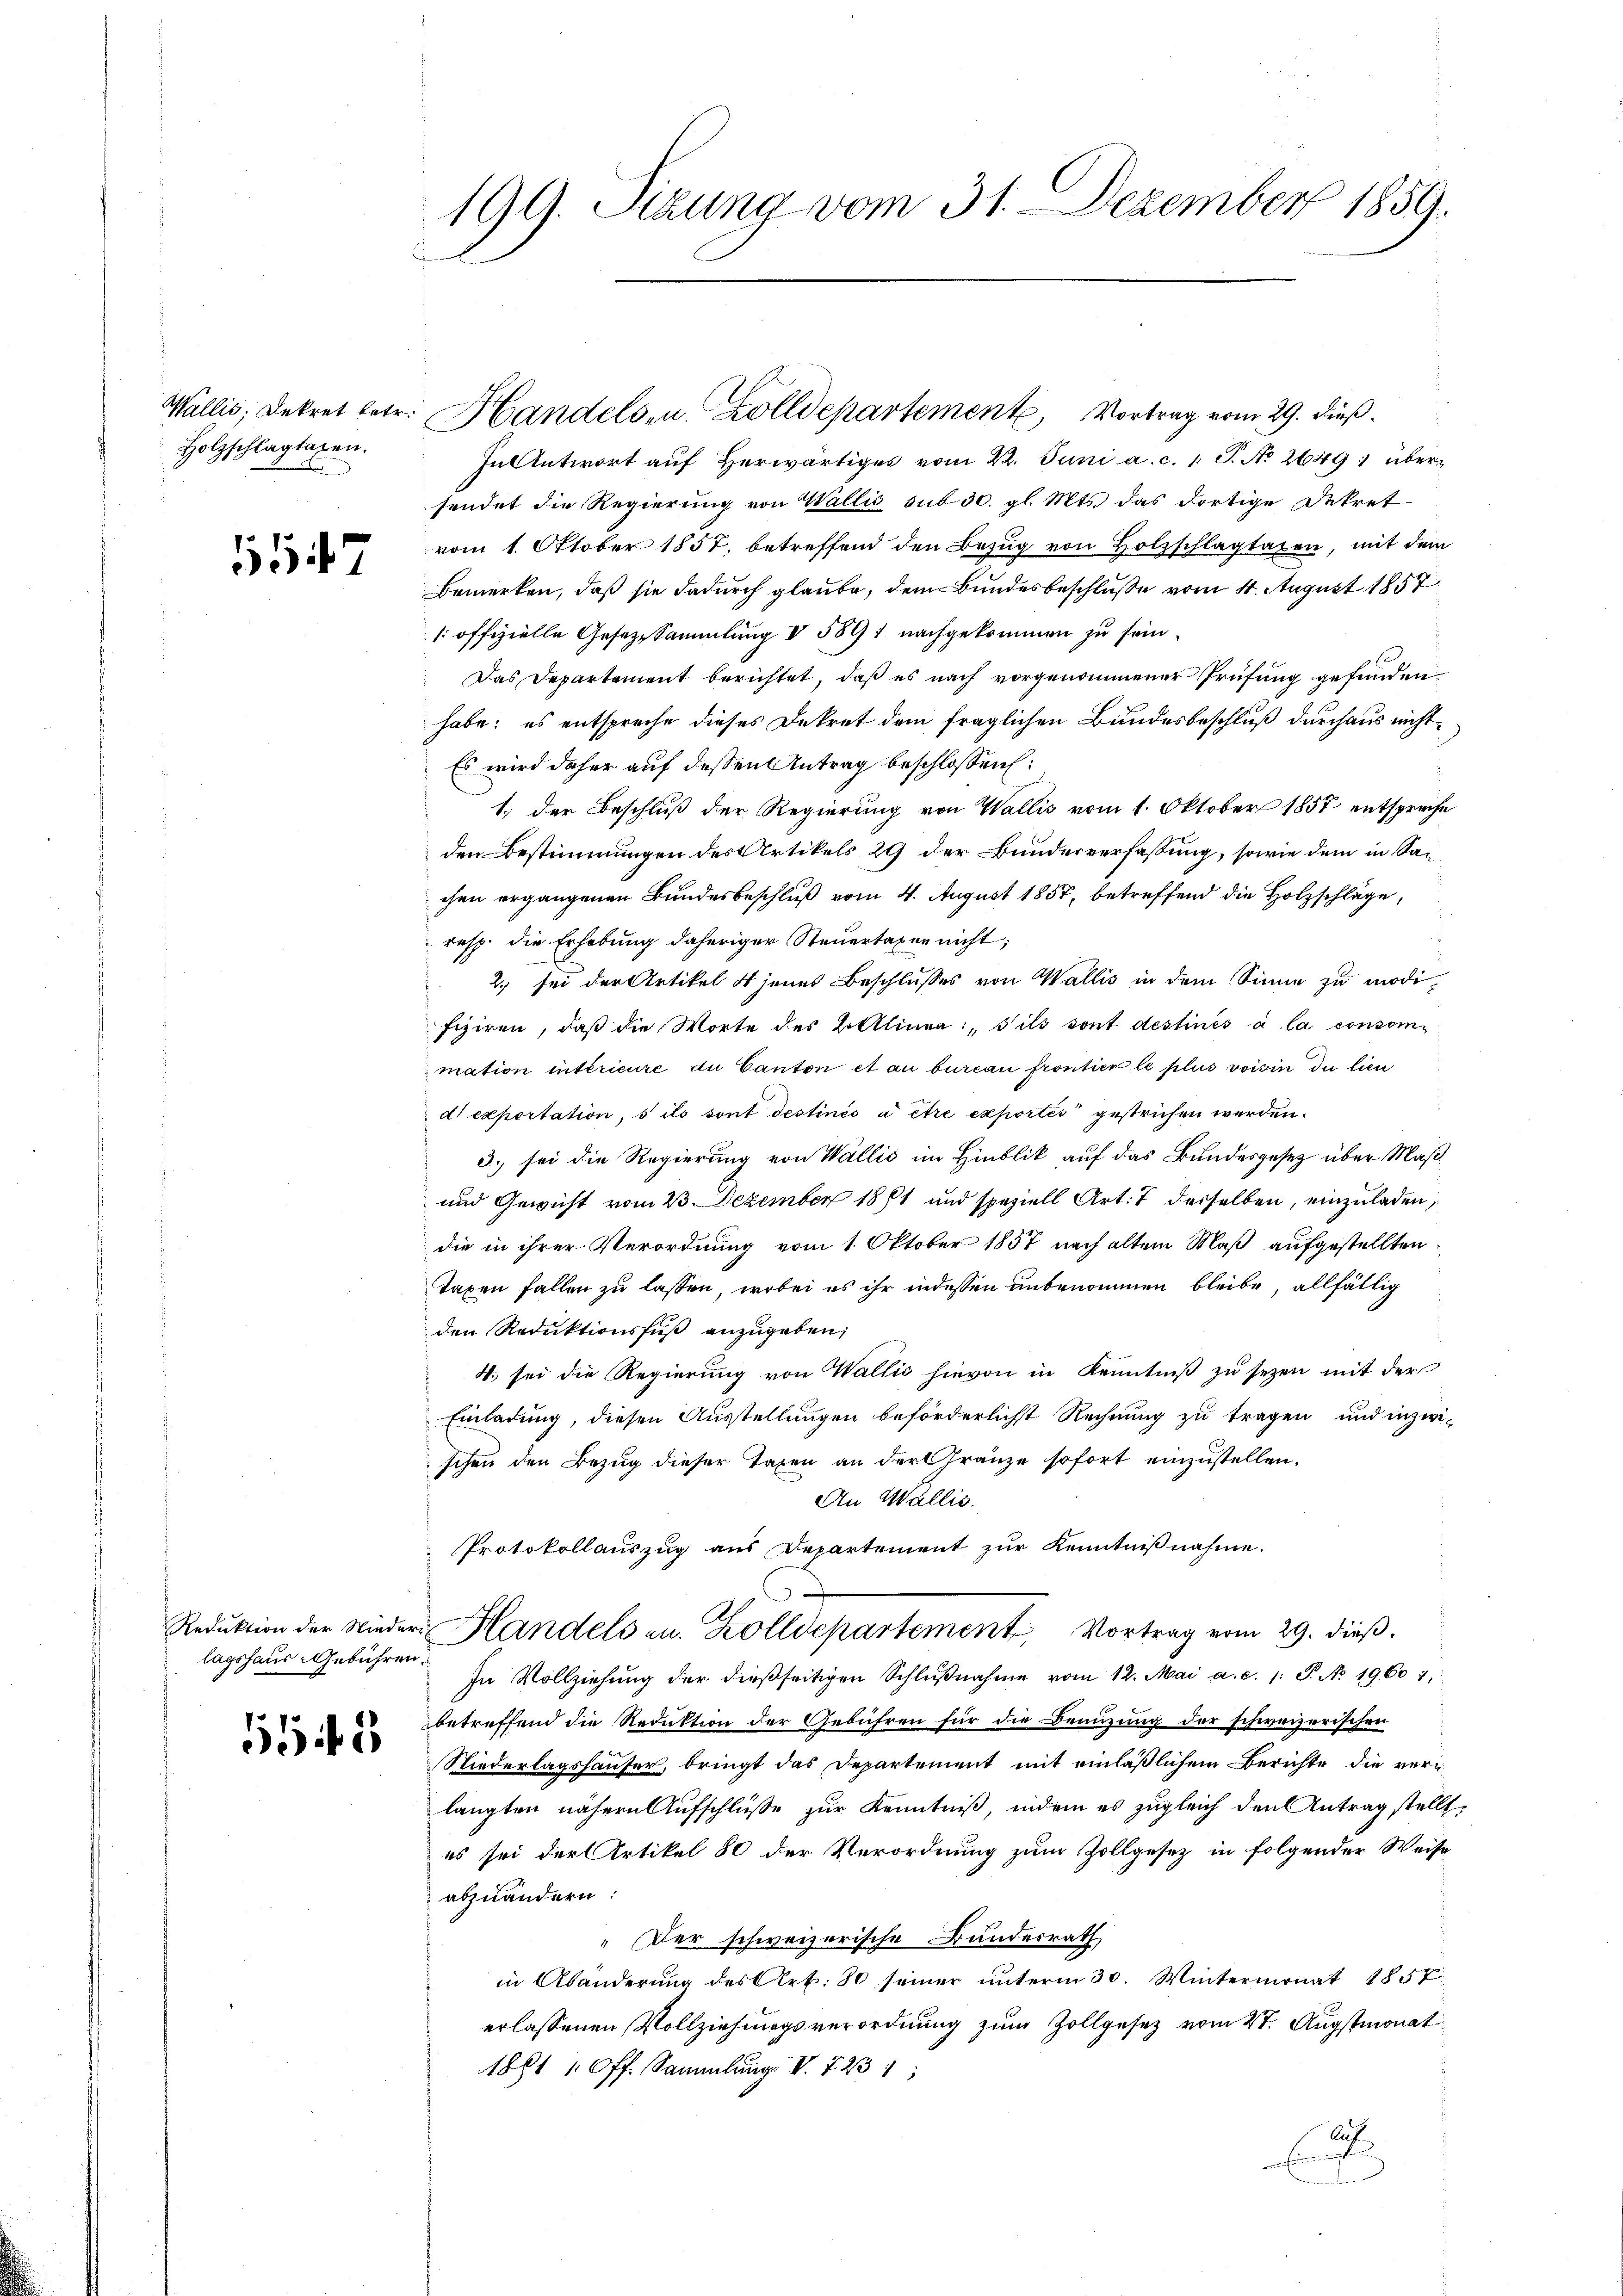
Holzschlagtagen.

157

lagshaus-Gebühren.

66 f. 2

199. Sizung vom 31. Dezember 1859.

In Antwort aŭf herwärtiges vom 22. Juni a. c. 1 S. No 2649; übersendet die Regierung von Wallis sub 30. gl. Mts. das dortige Dekret
vom 1. Oktober 1857, betreffend den Bezŭg von Holzschlagtaxen, mit dem
Bemerken, daß sie dadurch glaube, dem Bundesbeschlusse vom 4. August 1857
/. offizielle Gesetzsammlung I 5891 nachgekommen zu sein.
Das Departement berichtet, daß es nach vorgenommener Prüfung gefunden
habe; es entspreche dieses Dekret dem fraglichen Bundesbeschluß durchaus nicht¬
Es wird daher auf dessen Antrag beschlossen:
1. der Beschluß der Regierung von Wallis vom 1. Oktober 1857 entsproche
den Bestimmungen des Artikels 29 der Bunderverfassung, sowie dem in Sachen ergangenen Bundesbeschluß vom 4. August 1857, betreffend die Holzschläge,
resp. die Erhebung daheriger Steuertaxer nicht;
2. sei der Artikel 4 jenes Beschlusses von Wallis in dem Sinne zu modifiziren, daß die Worte des Bittlinea: „S’ils sont destinés à la consommation intérieure du Canton et au bureau frontier le plus voisin du lieu
d exportation, s ils sont destinés à être exportés“ gestrichen werden.
3. sei die Regierung von Wallis im Hinblik auf das Bundesgesetz über Maß¬
und Gewicht vom 23. Dezember 1881 und speziell Art. 7 desselben, einzuladen,
die in ihrer Verordnung vom 1. Oktober 1857 nach altem Maß aufgestellten:
Taxen fallen zu lassen, wobei es ihr indessen unbenommen bleibe, allfällig
den Reduktionsfuß anzugeben,
4., sei die Regierung von Wallis hievon in Kenntniß zu sezen mit der
Einladung, diesen Ausstellungen beförderlichst Rechnung zu tragen und inzwi-
schen den Bezug dieser Taxen an der Gränze sofort einzustellen.
An Wallis.
Protokollauszug aus Departement zur Kenntnißnahme.
Redŭktion der Nieder-Handels zu. Zolldepartement Vortrag vom 29. dieβ.
In Vollziehŭng der dießseitigen Schlŭβnahme vom 12. Mai a. c. 1: P. No. 1960 1,
betreffend die Reduktion der Gebühren für die Benuzung der schweizerischen
Niederlagshäuser, bringt das Departement mit einläßlichem Berichte die verlangten nähern Aufschlüße zur Kenntniß, indem es zugleich den Antrag stellt.
es sei der Artikel 80 der Verordnung zum Zollgesetz in folgender Weise
abzuändern:
" Der schweizerische Bundesrath
in Abänderung des Art. 80 seiner unterm 30. Wintermonat 1857
erlassenen Vollziehungsverordnung zum Zollgesetz vom 4t. Augstmonat
1881 10 ff. Sammlung. V. 723 1
J

Wallis, Dekret betr. Handels- u. Zolldepartement Vortrag vom 29. dieß.